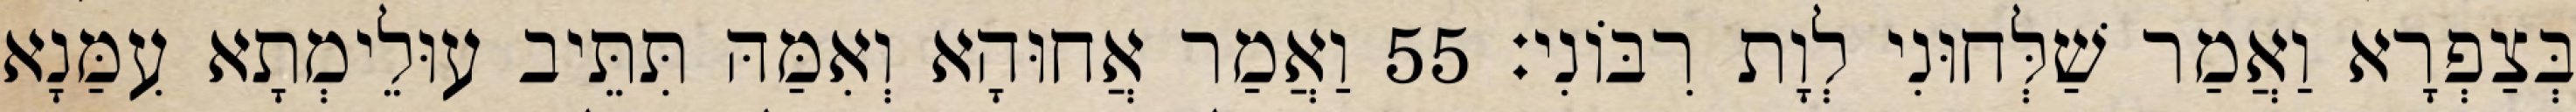
בְּצַפְרָא וַאֲמַר שַׁלְּחוּנִי לְוָת רִבּוֹנִי׃ 55 וַאֲמַר אֲחוּהָא וְאִמַּהּ תִּתֵּיב עוּלֵימְתָא עִמַּנָא